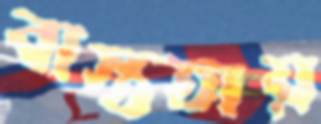
বাস্ততায়